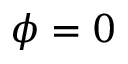
\phi = 0